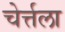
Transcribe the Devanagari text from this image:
चेर्त्तला